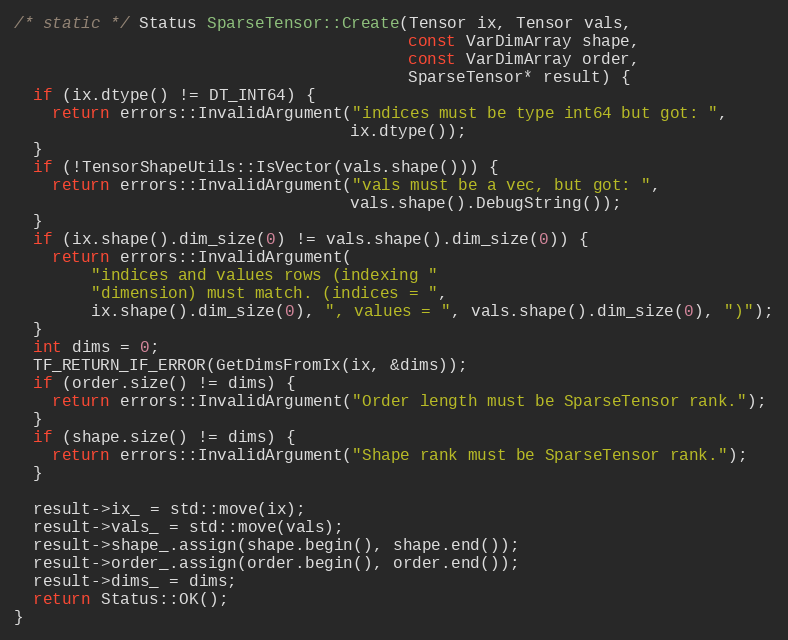
Language: C++
/* static */ Status SparseTensor::Create(Tensor ix, Tensor vals,
                                         const VarDimArray shape,
                                         const VarDimArray order,
                                         SparseTensor* result) {
  if (ix.dtype() != DT_INT64) {
    return errors::InvalidArgument("indices must be type int64 but got: ",
                                   ix.dtype());
  }
  if (!TensorShapeUtils::IsVector(vals.shape())) {
    return errors::InvalidArgument("vals must be a vec, but got: ",
                                   vals.shape().DebugString());
  }
  if (ix.shape().dim_size(0) != vals.shape().dim_size(0)) {
    return errors::InvalidArgument(
        "indices and values rows (indexing "
        "dimension) must match. (indices = ",
        ix.shape().dim_size(0), ", values = ", vals.shape().dim_size(0), ")");
  }
  int dims = 0;
  TF_RETURN_IF_ERROR(GetDimsFromIx(ix, &dims));
  if (order.size() != dims) {
    return errors::InvalidArgument("Order length must be SparseTensor rank.");
  }
  if (shape.size() != dims) {
    return errors::InvalidArgument("Shape rank must be SparseTensor rank.");
  }

  result->ix_ = std::move(ix);
  result->vals_ = std::move(vals);
  result->shape_.assign(shape.begin(), shape.end());
  result->order_.assign(order.begin(), order.end());
  result->dims_ = dims;
  return Status::OK();
}